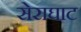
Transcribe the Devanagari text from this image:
सेराघाट